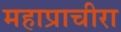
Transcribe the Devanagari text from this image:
महाप्राचीरा